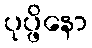
ပုပ္ဖိနော